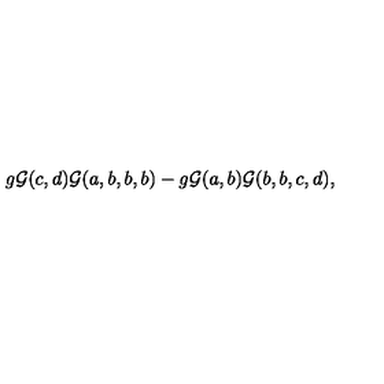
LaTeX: g { \cal G } ( c , d ) { \cal G } ( a , b , b , b ) - g { \cal G } ( a , b ) { \cal G } ( b , b , c , d ) ,